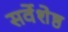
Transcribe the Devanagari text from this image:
सर्वेशेष्ठ